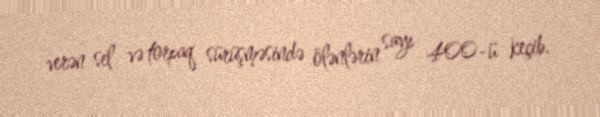
verən sel və torpaq sürüşməsində ölənlərin sayı 400-ü keçib.